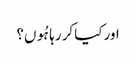
اور کیا کر رہا ہُوں؟